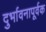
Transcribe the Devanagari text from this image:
दुर्भावनापूर्वक